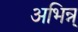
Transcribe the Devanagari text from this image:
अभिन्न्